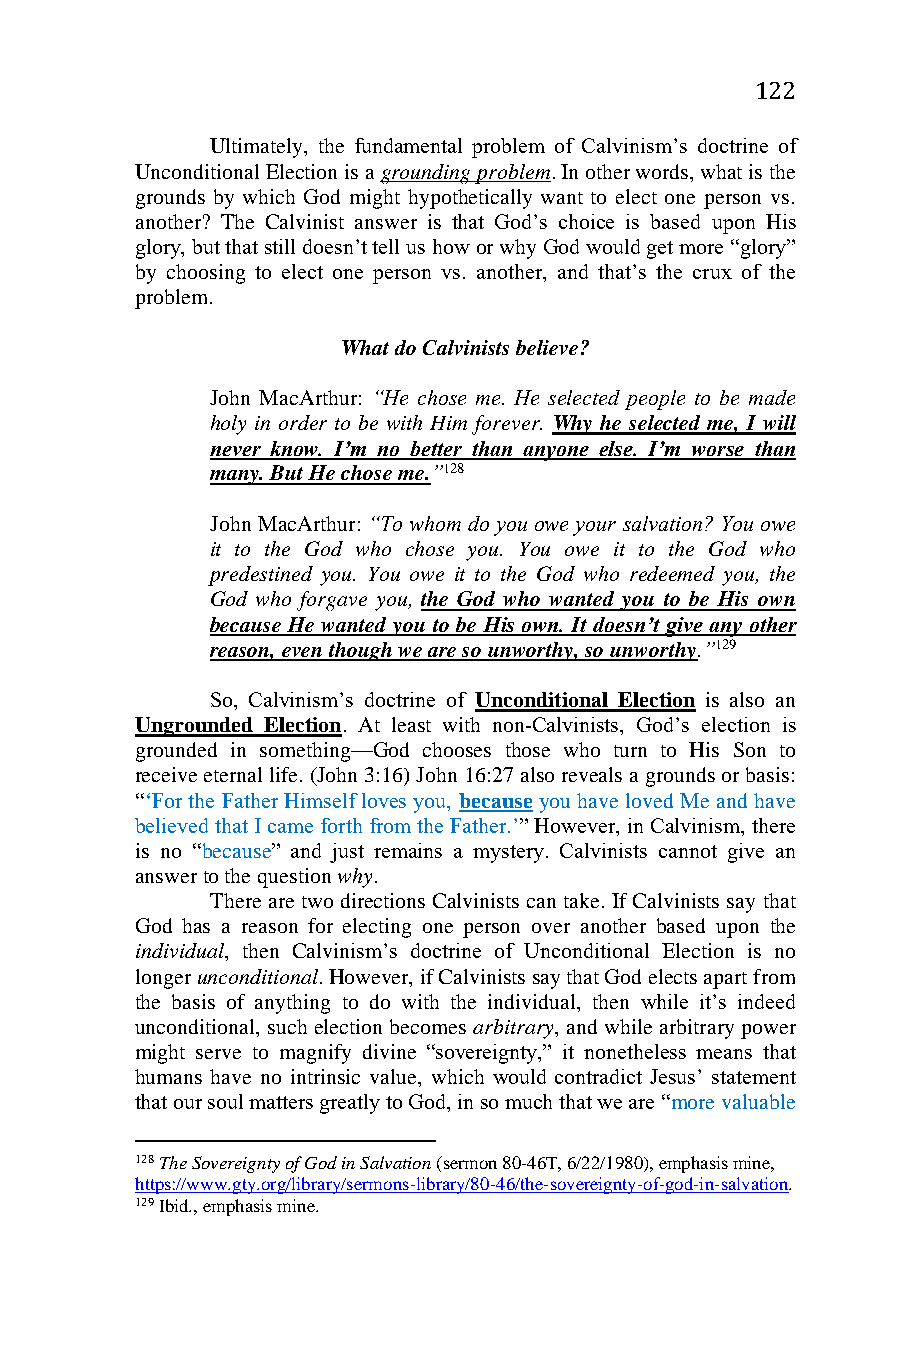
122
 Ultimately, the fundamental problem of Calvinism’s doctrine of
 Unconditional Election is a grounding problem. In other words, what is the
 grounds by which God might hypothetically want to elect one person vs.
 another? The Calvinist answer is that God’s choice is based upon His
 glory, but that still doesn’t tell us how or why God would get more “glory”
 by choosing to elect one person vs. another, and that’s the crux of the
 problem.
 What do Calvinists believe?
 John MacArthur: “He chose me. He selected people to be made
 holy in order to be with Him forever. Why he selected me, I will
 never know. I’m no better than anyone else. I’m worse than
 many. But He chose me.”128
 John MacArthur: “To whom do you owe your salvation? You owe
 it to the God who chose you. You owe it to the God who
 predestined you. You owe it to the God who redeemed you, the
 God who forgave you, the God who wanted you to be His own
 because He wanted you to be His own. It doesn’t give any other
 reason, even though we are so unworthy, so unworthy.”129
 So, Calvinism’s doctrine of Unconditional Election is also an
 Ungrounded Election. At least with non-Calvinists, God’s election is
 grounded in something—God chooses those who turn to His Son to
 receive eternal life. (John 3:16) John 16:27 also reveals a grounds or basis:
 “‘For the Father Himself loves you, because you have loved Me and have
 believed that I came forth from the Father.’” However, in Calvinism, there
 is no “because” and just remains a mystery. Calvinists cannot give an
 answer to the question why.
 There are two directions Calvinists can take. If Calvinists say that
 God has a reason for electing one person over another based upon the
 individual, then Calvinism’s doctrine of Unconditional Election is no
 longer unconditional. However, if Calvinists say that God elects apart from
 the basis of anything to do with the individual, then while it’s indeed
 unconditional, such election becomes arbitrary, and while arbitrary power
 might serve to magnify divine “sovereignty,” it nonetheless means that
 humans have no intrinsic value, which would contradict Jesus’ statement
 that our soul matters greatly to God, in so much that we are “more valuable
 128 The Sovereignty of God in Salvation (sermon 80-46T, 6/22/1980), emphasis mine,
 https://www.gty.org/library/sermons-library/80-46/the-sovereignty-of-god-in-salvation.
 129 Ibid., emphasis mine.